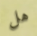
هل